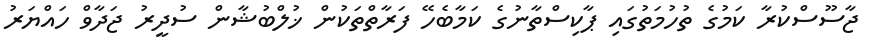
ޖާސޫސްކުރާ ކަމުގެ ތުހުމަތުގައި ޕާކިސްތާނުގެ ކަމާބެހޭ ފަރާތްތަކުން ޚުލްބުޝާން ސުދީރު ޖަދާވް ހައްޔަރު